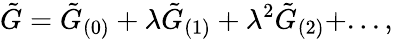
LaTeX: \tilde{G}=\tilde{G}_{(0)}+\lambda\tilde{G}_{(1)}+\lambda^{2}\tilde{G}_{(2)}+...,